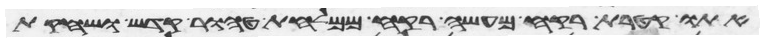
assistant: אתו קטרת רקח מעשה רקח ממלחת טהור קדש ושחקת